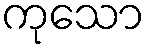
ကုသော